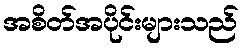
အစိတ်အပိုင်းများသည်